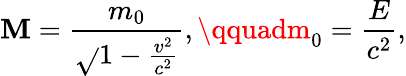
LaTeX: \mathbf{M}={\frac{{m_{0}}}{{\sqrt{}{{1-{\frac{{v^{2}}}{{c^{2}}}}}}}}},\qquadm_{0}={\frac{{E}}{{c^{2}}}},